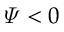
\varPsi < 0